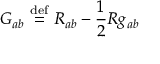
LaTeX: { G } _ { a b } \ { \stackrel { \mathrm { d e f } } { = } } \ { R } _ { a b } - { \frac { 1 } { 2 } } { R } g _ { a b }